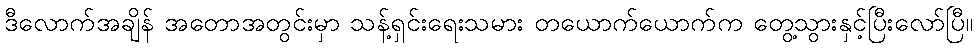
ဒီလောက်အချိန် အတောအတွင်းမှာ သန့်ရှင်းရေးသမား တယောက်ယောက်က တွေ့သွားနှင့်ပြီးလော်ပြီ။